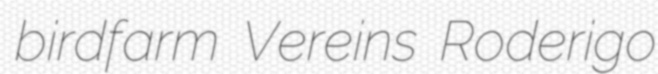
birdfarm Vereins Roderigo